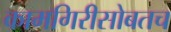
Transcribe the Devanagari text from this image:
कामगिरीसोबतच